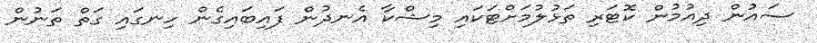
ސައުން ދިއުމުން ކޮޓަރި ތަޅުލުމަށްޓަކައި މިޝްކާ އެނދުން ފައިބައިގެން ހިނގައި ގަތް ތަނުން